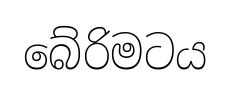
බේරිමටය